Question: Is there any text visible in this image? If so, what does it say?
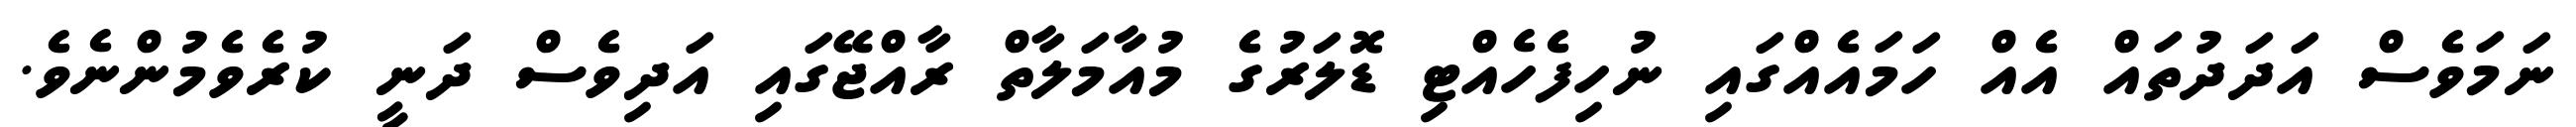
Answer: ނަމަވެސް އަދަދުތައް އެއް ހަމައެއްގައި ނުހިފެހެއްޓި ޑޮލަރުގެ މުއާމަލާތް ރާއްޖޭގައި އަދިވެސް ދަނީ ކުރެވެމުންނެވެ.